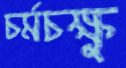
চর্মচক্ষু